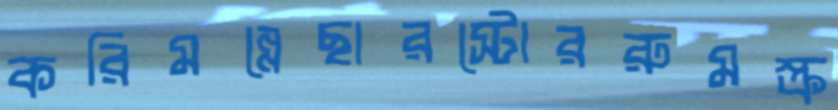
করিমন্নেছারস্টোররুমস্ক্র